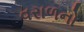
વરાળનો